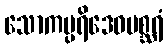
သောကပ္ပရိဒေဝမစ္ဆရံ